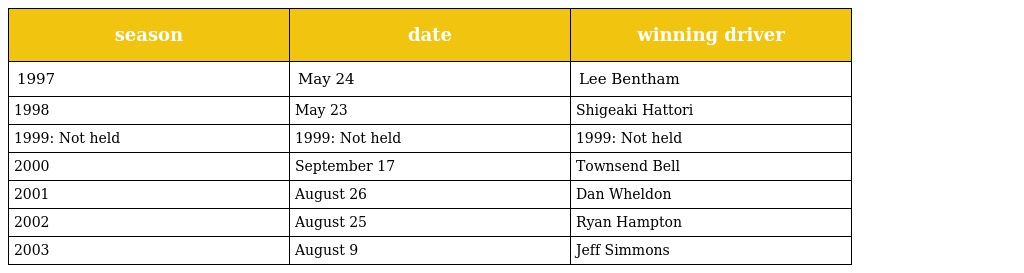
| season | date | winning driver |
 | --- | --- | --- |
 | 1997 | May 24 | Lee Bentham |
 | 1998 | May 23 | Shigeaki Hattori |
 | 1999: Not held | 1999: Not held | 1999: Not held |
 | 2000 | September 17 | Townsend Bell |
 | 2001 | August 26 | Dan Wheldon |
 | 2002 | August 25 | Ryan Hampton |
 | 2003 | August 9 | Jeff Simmons |